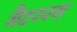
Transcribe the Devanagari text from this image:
मैटरनस्